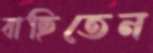
বাছিতেন